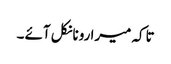
تاکہ میرا رونا نکل آئے ۔